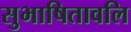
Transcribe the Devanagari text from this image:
सुभाषितावलि